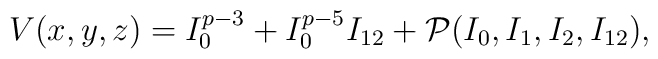
V(x,y,z) = I_0^{p-3} + I_0^{p-5} I_{12} + {\cal P}(I_0,I_1,I_2,I_{12}),